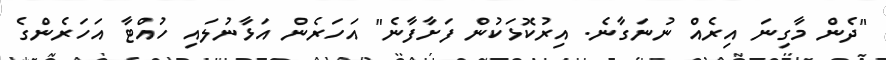
"ދެން މާގިނަ އިރެއް ނުނަގާނެ. އިރުކޮޅަކުން ފަށާފާނެ" އަހަރެން އަޅާނުލައި ހުއްޓާ އަހަރެންގެ